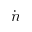
\dot { n }